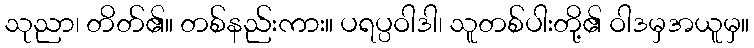
သုညာ၊ တိတ်၏။ တစ်နည်းကား။ ပရပ္ပဝါဒါ၊ သူတစ်ပါးတို့၏ ဝါဒမှအယူမှ။